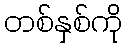
တစ်နှစ်ကို